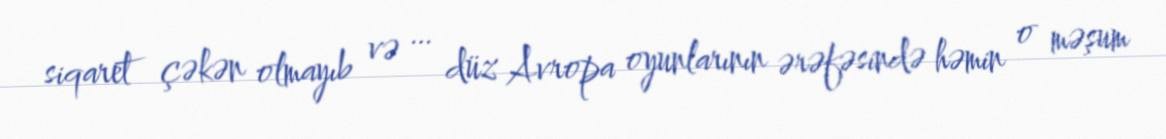
siqaret çəkən olmayıb və … düz Avropa oyunlarının ərəfəsində həmin o məşum